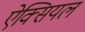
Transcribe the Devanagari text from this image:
ऐक्सियल